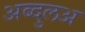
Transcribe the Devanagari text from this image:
अब्दुलअ